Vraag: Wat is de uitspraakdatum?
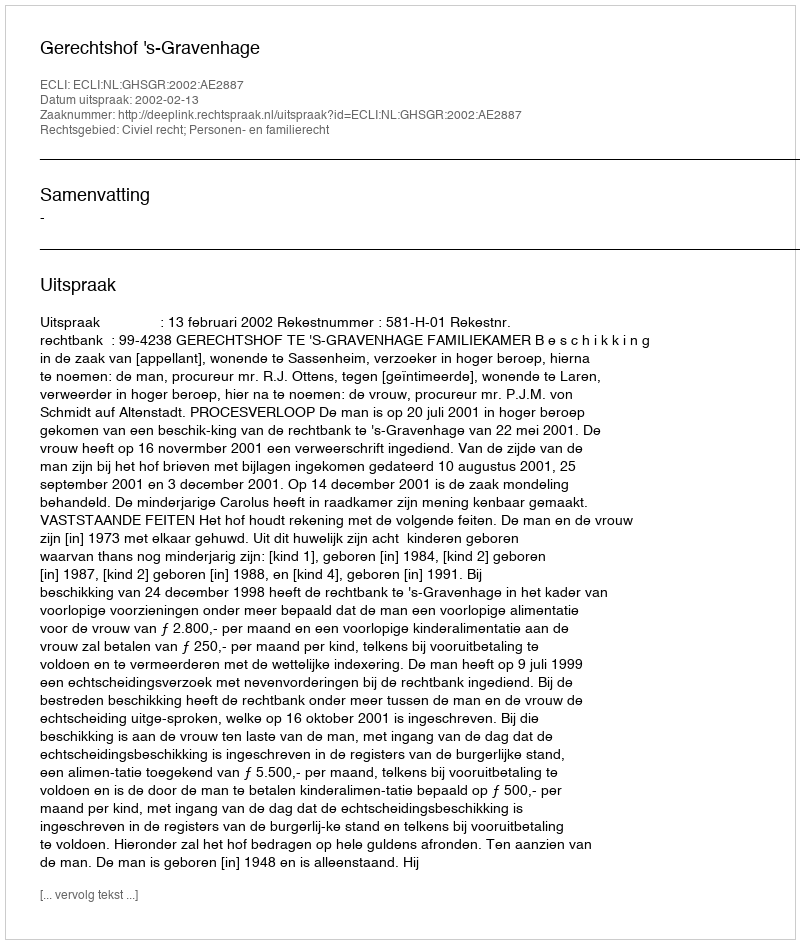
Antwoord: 2002-02-13